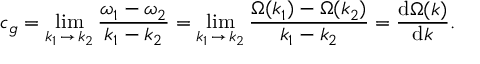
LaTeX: c _ { g } = \operatorname* { l i m } _ { k _ { 1 } \, \to \, k _ { 2 } } { \frac { \omega _ { 1 } - \omega _ { 2 } } { k _ { 1 } - k _ { 2 } } } = \operatorname* { l i m } _ { k _ { 1 } \, \to \, k _ { 2 } } { \frac { \Omega ( k _ { 1 } ) - \Omega ( k _ { 2 } ) } { k _ { 1 } - k _ { 2 } } } = { \frac { { \mathrm { d } } \Omega ( k ) } { { \mathrm { d } } k } } .